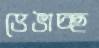
ভেঙাচ্ছ